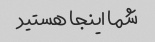
شما اینجا هستید